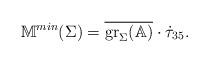
LaTeX: \begin{align*}\mathbb{M}^{min}(\Sigma)=\overline{\mathrm{gr}_\Sigma(\mathbb{A})}\cdot\dot\tau_{35}. \end{align*}